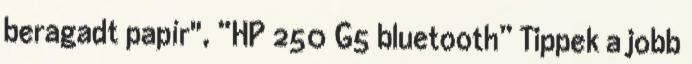
beragadt papír", “HP 250 G5 bluetooth” Tippek a jobb